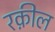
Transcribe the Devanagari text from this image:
रक़ील